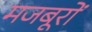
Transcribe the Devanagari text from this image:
मजबूरों